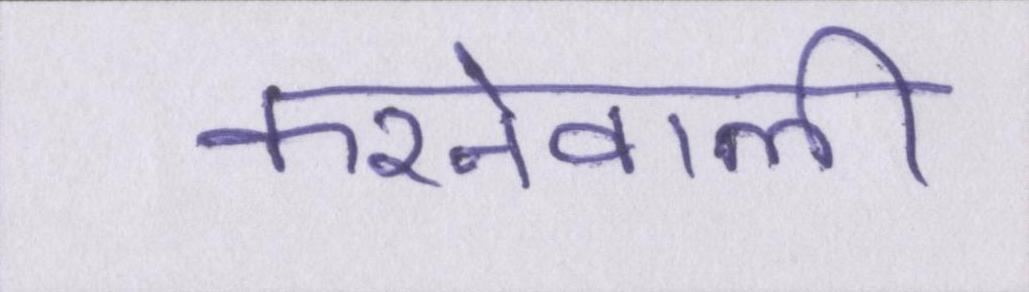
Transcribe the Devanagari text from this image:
करनेवाली